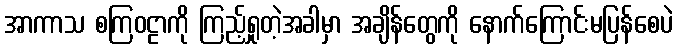
အာကာသ စကြဝဠာကို ကြည့်ရှုတဲ့အခါမှာ အချိန်တွေကို နောက်ကြောင်းမပြန်စေပဲ